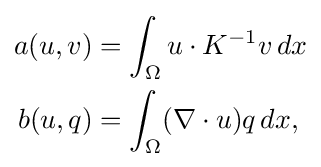
{\begin{aligned}a(u,v)&=\int _{\Omega }u\cdot K^{-1}v\,dx\\b(u,q)&=\int _{\Omega }(\nabla \cdot u)q\,dx,\end{aligned}}